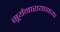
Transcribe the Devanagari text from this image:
सूर्यनारायणाच्या